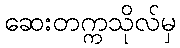
ဆေးတက္ကသိုလ်မှ